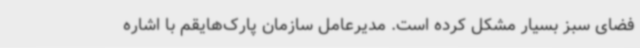
فضای سبز بسیار مشکل کرده است. مدیرعامل سازمان پارک‌هایقم با اشاره